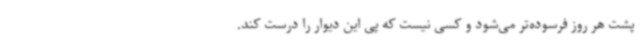
پشت هر روز فرسوده‌تر می‌شود و کسی نیست که پی این دیوار را درست کند.